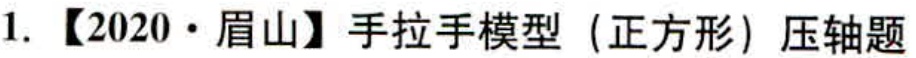
1. 【2020·眉山】手拉手模型（正方形）压轴题